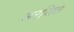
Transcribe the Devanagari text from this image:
अरजित